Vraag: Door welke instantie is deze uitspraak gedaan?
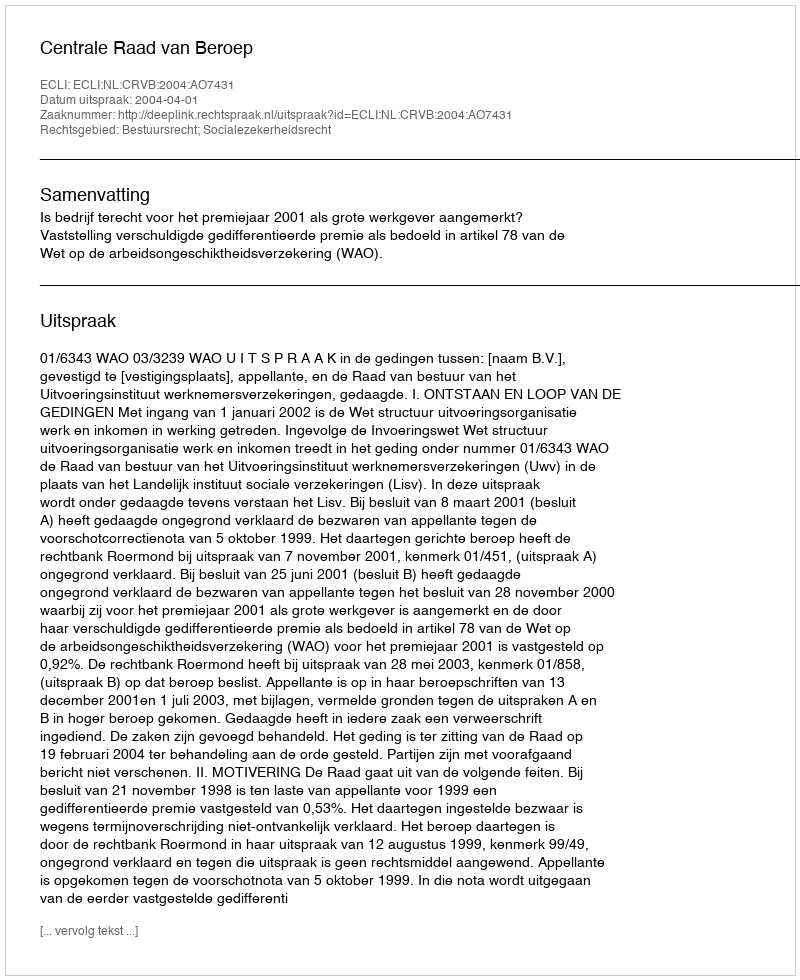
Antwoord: Centrale Raad van Beroep